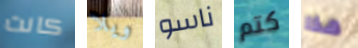
كانت ويلا ناسو كتم هذا